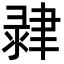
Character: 𦘞